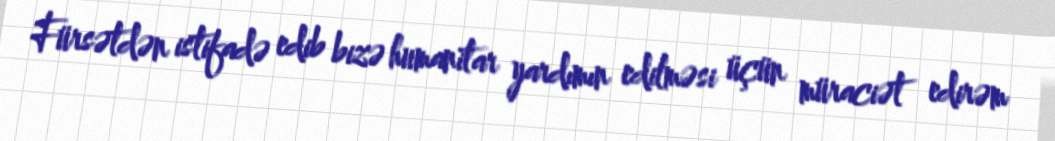
Fürsətdən istifadə edib bizə humanitar yardımın edilməsi üçün müraciət edirəm